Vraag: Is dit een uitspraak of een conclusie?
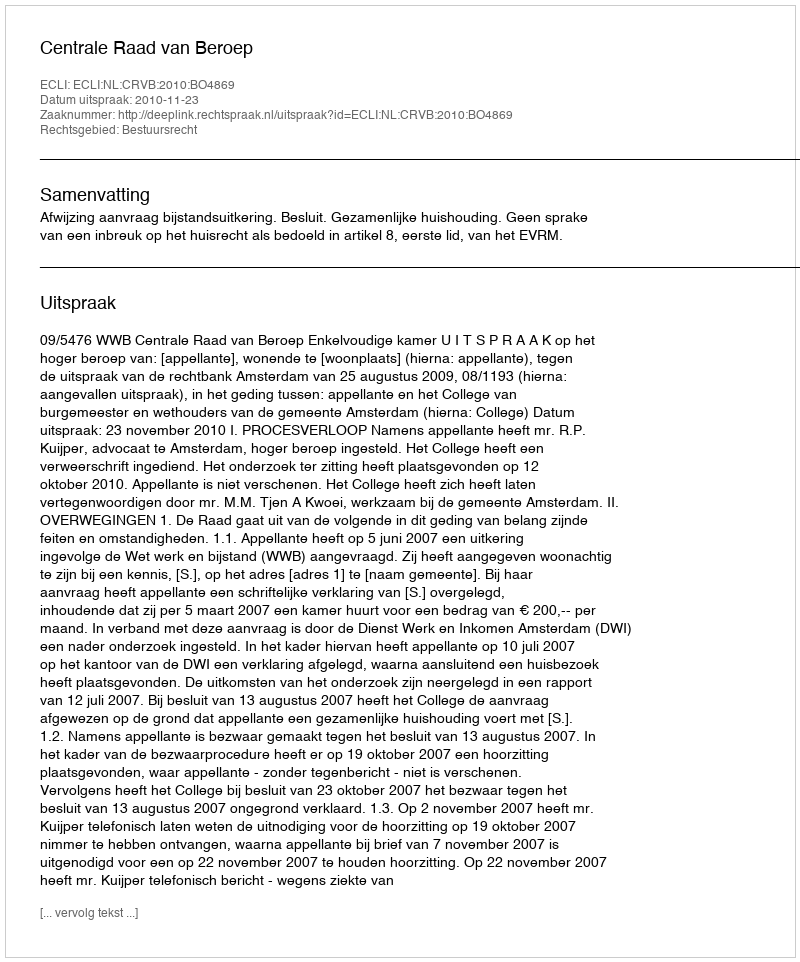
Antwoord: Uitspraak